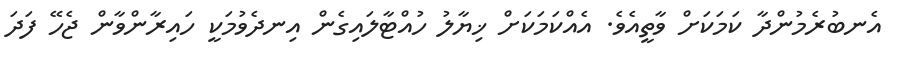
އެނބުރެމުންދާ ކަމަކަށް ވާތީއެވެ. އެއްކަމަކަށް ޚިޔާލު ހުއްޓާލައިގެން އިނދެވުމަކީ ހައިރާންވާން ޖެހޭ ފަދަ